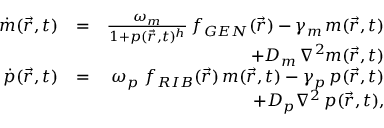
\begin{array} { r l r } { \dot { m } ( \vec { r } , t ) } & { = } & { \frac { \omega _ { m } } { 1 + p ( \vec { r } , t ) ^ { h } } \, f _ { G E N } ( \vec { r } ) - \gamma _ { m } \, m ( \vec { r } , t ) } \\ & { } & { + D _ { m } \, \nabla ^ { 2 } m ( \vec { r } , t ) } \\ { \dot { p } ( \vec { r } , t ) } & { = } & { \omega _ { p } \; f _ { R I B } ( \vec { r } ) \, m ( \vec { r } , t ) - \gamma _ { p } \, p ( \vec { r } , t ) } \\ & { } & { + D _ { p } \nabla ^ { 2 } \, p ( \vec { r } , t ) , } \end{array}